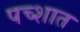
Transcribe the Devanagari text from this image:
पच्शात